Calcutta medical institutions reports 1892-1900
Year: 1892
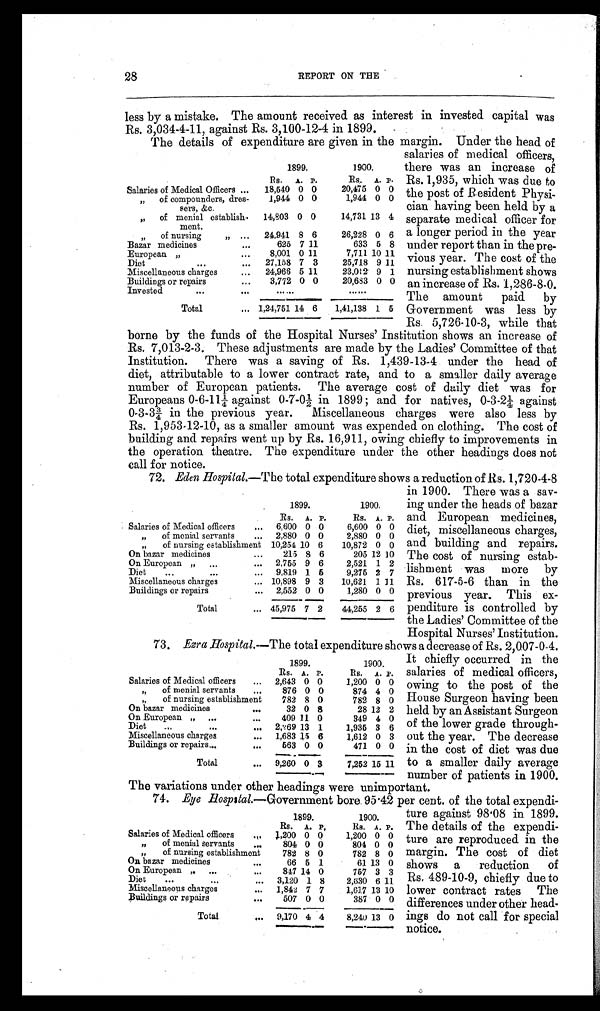
28
REPORT ON THE
less by a mistake. The amount received as interest in invested capital was
Rs. 3,034-4-11, against Rs. 3,100-12-4 in 1899.
The details of expenditure are given in the margin. Under the head of
salaries of medical officers,
there was an increase of
Rs. 1,935, which was due to
the post of Resident Physi--
cian having been held by a
separate medical officer for
a longer period in the year
under report than in the pre--
vious year. The cost of the
nursing establishment shows
an increase of Rs. 1,286-8-0.
The amount paid by
Government was less by
Rs. 5,726-10-3, while that
borne by the funds of the Hospital Nurses' Institution shows an increase of
Rs. 7,013-2-3. These adjustments are made by the Ladies' Committee of that
Institution. There was a saving of Rs. 1,439-13-4 under the head of
diet, attributable to a lower contract rate, and to a smaller daily average
number of European patients. The average cost of daily diet was for
Europeans 0-6-11¼ against 0-7-0½ in 1899; and for natives, 0-3-2¼ against
0-3-3¾ in the previous year. Miscellaneous charges were also less by
Rs. 1,953-12-10, as a smaller amount was expended on clothing. The cost of
building and repairs went up by Rs. 16,911, owing chiefly to improvements in
the operation theatre. The expenditure under the other headings does not
call for notice.
72. Eden Hospital.— The total expenditure shows a reduction of Rs. 1,720-4-8
1899.
1900.
Rs. A. P.
Rs. A. P.
Salaries of Medical officers
...
6,600 0 0
6,600 0 0
" of menial servants ...
2,880 0 0
2,880 0 0
" of nursing establishment 10,254 10 6
10,872 0 0
On bazar medicines
...
215 8 6
205 12 10
On European
" ... 2,755 9 6
2,521 1 2
Diet
...
...
... 9,819 1
5 9,275 2 7
Miscellaneous charges
... 10,898 9 3
10,621 1
1 1
Buildings or repairs
...
2,552 0 0
1,280 0 0
Total
... 45,975 7 2
44,255 2 6
It chiefly occurred in the
salaries of medical officers,
owing to the post of the
House Surgeon having been
held by an Assistant Surgeon
of the lower grade through-
-out the year. The decrease
in the cost of diet was due
to a smaller daily average
number of patients in 1900.
The variations under other headings were unimportant.
74. Eye Hospital.— Government bore 95.42 per cent. of the total expendi--
ture against 98.08 in 1899.
The details of the expendi-
-ture are reproduced in the
margin. The cost of diet
shows a reduction of
Rs. 489-10-9, chiefly due to
lower contract rates The
differences under other head-
-ings do not call for special
notice.
1899.
1900.
Rs. A. P.
Rs. A. P.
Salaries of Medical Officers ...
18,540 0 0
20,475 0 0
" of compounders, dres-
sers, &c.
1,944 0 0
1,944 0 0
" of menial establish-
ment.
14,803 0 0
14,731 13 4
" of nursing " ...
24,941 8 6
26,228 0 6
Bazar medicines
...
625 7 11
633 5 8
European "
8,001 0 11
7,711 10
1 1
Diet
...
...
27,158 7 3
25,718 9 11
Miscellaneous charges
...
24,966 5 11
23,012 9 1
Buildings or repairs
...
3,772 0 0
20,683 0 0
I n v e s t e d . . .
. . .
......
Total
... 1,24,751 14 6
1,41,138 1
5
in 1900. There was a sav-
ing under the heads of bazar
and European medicines,
diet, miscellaneous charges,
and building and repairs.
The cost of nursing estab-
lishment was more by
Rs. 617-5-6 than in the
previous year. This ex-
penditure is controlled by
the Ladies' Committee of the
Hospital Nurses' Institution.
73. Ezra Hospital.— The total expenditure shows a decrease of Rs. 2,007-0-4.
1899.
1900.
Rs. A. P.
Rs. A. P.
Salaries of Medical officers
... 2,643 0 0
1,200 0 0
" of menial servants ...
876 0 0
874 4 0
" of nursing establishment
782 8 0
782 8 0
On bazar medicines
. . .
32 0 8
28 12 2
On European " ...
...
409 11 0
349 4 0
Diet
"
...
... 2,269 13 1
1,935 3 6
Miscellaneous charges
... 1,683 15 6
1,612 0 3
Buildings or repairs...
...
5 6 3 0 0
471 0 0
Total
... 9,260 0 3
7,252
1 5
11
1899.
1900.
Rs. A. P.
R s . A. P.
Salaries of Medical officers
..
1,200 0 0
1,200 0 0
" of menial servants ...
804 0 0
804 0 0
" of nursing establishment
782 8 0
782 8 0
On bazar medicines...
66 5 1
61 13 0
On European "
...
...
847 14 0
757 3 3
Diet
...
...
...
3,120 1 8
2,630 6 11
Miscellaneous charges
...
1,842 7 7
1,617 13 10
Buildings or repairs
...
507 0 0
387 0 0
Total
...
9,170 4 4
8,240 13 0